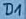
Text: D1